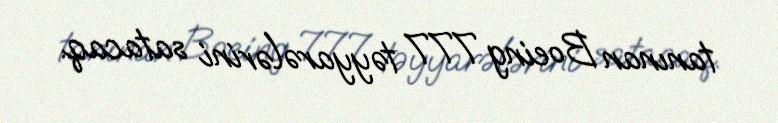
tanınan Boeing 777 təyyarələrini satacaq.